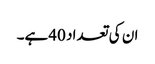
ان کی تعداد 40ہے۔